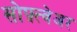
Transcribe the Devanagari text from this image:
सोफ़्त्वेअर